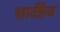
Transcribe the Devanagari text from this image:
शार्टहैन्ड